Lunatic asylums Burma 1922-24 - 1922-1924
Year: 1922
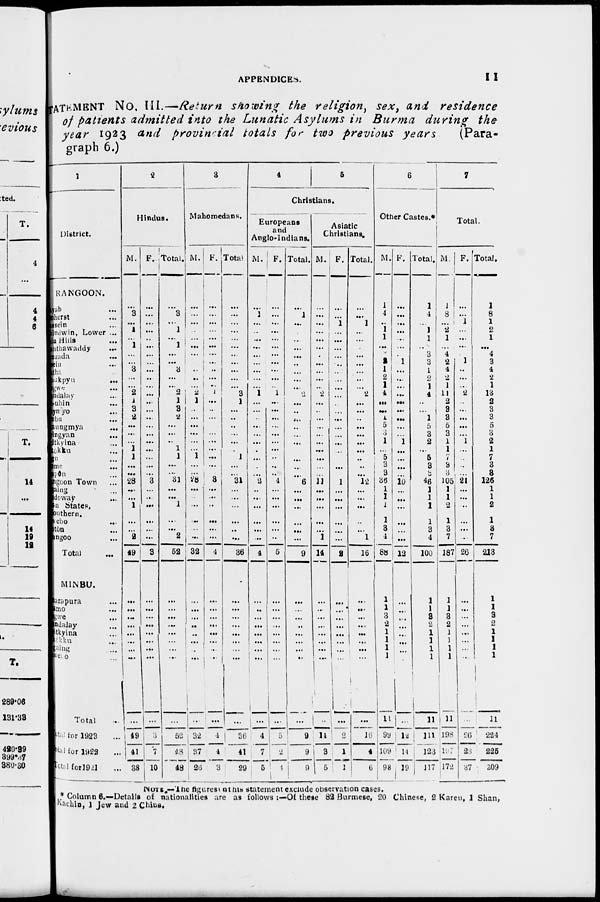
APPENDICES.
11
STATEMENT No. III.—Return showing the religion, sex, and residence
of patients admitted into the Lunatic Asylums in Burma during the
year 1923 and provincial totals for two previous years
(Para-
graph 6.)
1
District.
RANGOON.
ayab ...
mherst ...
assein ...
indwin, Lower ...
in Hills ...
anthawaddy ...
nzada
...
sein ...
atha ...
ukpyu
...
agwe ...
andaley ...
-ubin ...
ymyo ...
mbu ...
aungmya ...
ingyan ...
itkyina ...
tokku ...
gu ...
ome ...
apon ...
Rangoon Town ...
gaing ...
doway ...
an States,
Southern.
webo ...
tón ...
ungoo ...
Total ...
MINBU.
arapura ...
amo ...
gwe ...
andalay ...
tkyina ...
kôkku ...
gainb ...
wedo ...
Total ...
Total for 1923 ...
Total for 1922 ...
Total for 1921 ...
2
Hindus.
M.
...
3
...
1
...
1
...
...
3
...
...
2
1
3
2
...
...
...
1
1
...
...
28
...
...
1
...
...
2
49
...
...
...
...
...
...
...
...
...
49
41
38
F.
...
...
...
...
...
...
...
...
...
...
...
...
...
...
...
...
...
...
...
...
...
...
3
...
...
...
...
...
...
3
...
...
...
...
...
...
...
...
...
3
7
10
Total.
...
3
...
1
...
1
...
...
3
...
...
2
1
3
2
...
...
...
1
1
...
...
31
...
...
1
...
...
2
52
...
...
...
...
...
...
...
...
...
52
48
48
3
Mahomedans.
M.
...
...
...
...
...
...
...
...
...
...
...
2
1
...
...
...
...
...
...
1
...
...
28
...
...
...
...
...
...
32
...
...
...
...
...
...
...
...
...
32
37
26
F.
...
...
...
...
...
...
...
...
...
...
... 1
...
...
...
...
...
...
...
...
...
...
3
...
...
...
...
...
...
4
...
...
...
...
...
...
...
...
...
4
4
3
Total.
...
...
...
...
...
...
...
...
...
...
...
3
1
...
...
...
...
...
...
1
...
...
31
...
...
...
...
...
...
36
...
...
...
...
...
...
...
...
...
36
41
29
4
5
Christians.
Europeans
and
Anglo-Indians.
M.
...
1
...
...
...
...
...
...
...
...
...
1
...
...
...
...
...
...
...
...
...
...
2
...
...
...
...
...
...
4
...
...
...
...
...
...
...
...
...
4
7
5
F.
...
...
...
...
...
...
...
...
...
...
... 1
...
...
...
...
...
...
...
...
...
...
4
...
...
...
...
...
...
5
...
...
...
...
...
... ...
...
...
5
2
4
Total.
...
1
...
...
...
...
...
...
...
...
...
2
...
...
...
...
...
...
...
...
...
...
6
...
...
...
...
...
...
9
...
...
...
...
...
...
...
...
...
9
9
9
Asiatic
Christians.
M.
...
...
...
...
...
...
...
...
...
...
...
2
...
...
...
...
...
...
...
...
...
...
11
...
...
...
...
...
1
14
...
...
...
...
...
...
...
...
...
14
3
5
F.
...
...
1
...
...
...
...
...
...
...
...
...
...
...
...
...
...
...
...
...
...
...
1
...
...
...
...
...
...
2
...
...
...
...
...
...
...
...
...
2
1
1
Total.
...
...
1
...
...
...
...
...
...
...
...
2
...
...
...
...
...
...
...
...
...
...
12
...
...
...
...
...
1
16
...
...
...
...
...
... ...
...
...
16
4
6
6
Other Castes.*
M.
1
4
...
1
1
...
...
2 1
2
1
4
...
...
1
5
3
1
...
5
3
3
36
1
1
1 1
3
4
88
1
1
3
2
1
1
1
1
11
99
109
98
F.
...
...
...
...
...
...
...
1
...
...
...
...
...
...
...
...
...
1
...
...
...
...
10
...
...
...
...
...
...
12
...
...
...
...
...
...
...
...
...
12
14
19
Total.
1
4
...
1
1
...
...
3
1
2
1
4
...
...
1
5
3
2
...
5
3
3
46
1
1
1
1
3
4
100
1
1
3
2
1
1
1
1
11
111
123
117
7
Total.
M.
1
8
...
2
1
...
4
2
4
2
1
11
2
3
3
5
3
1
1
7
3
3
105
1
1
2
1
3
7
187
1
1
3
2
1
1
1
1
11
198
197
172
F.
...
...
1
...
...
...
...
1
...
...
...
2
...
...
...
...
...
1
...
...
...
...
21
...
...
...
...
...
...
26
...
...
...
...
...
...
...
...
...
26
28
37
Total.
1
8
1
2
1
...
4
3
4
2
1
13
2
3
3
5
3
2
1
7
3
3
126
1
1
2
1
3
7
213
1
1
3
2
1
1
1
1
11
224
225
209
NOTE.—The figures at his statement exclude observation cases.
* Column 6.— Details of nationalities are as follows :—Of these 82 Burmese, 20 Chinese, 2 Karen, 1 Shan,
Kachin, 1 Jew and 2
Chins.